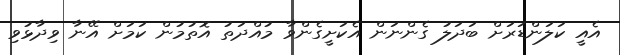
އެއީ ކަލަންޑަރަށް ބަދަލު ގެންނަން އެކަށީގެންވާ މުއްދަތު އޮތުމުން ކަމަށް އޭނާ ވިދާޅުވި